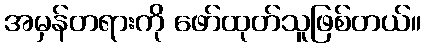
အမှန်တရားကို ဖော်ထုတ်သူဖြစ်တယ်။